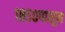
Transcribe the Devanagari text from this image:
१८५०पासून